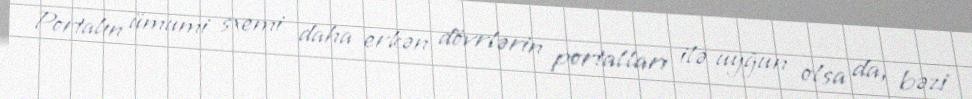
Portalın ümumi sxemi daha erkən dövrlərin portalları ilə uyğun olsa da, bəzi